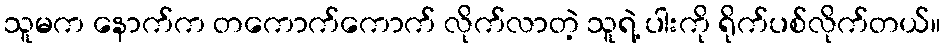
သူမက နောက်က တကောက်ကောက် လိုက်လာတဲ့ သူရဲ့ ပါးကို ရိုက်ပစ်လိုက်တယ်။